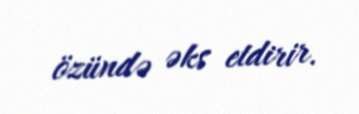
özündə əks etdirir.